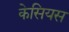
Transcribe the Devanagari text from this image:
केसियस